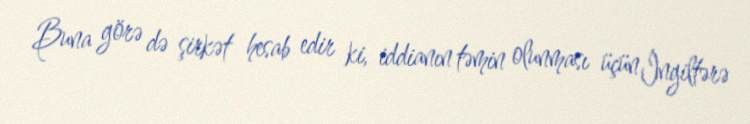
Buna görə də şirkət hesab edir ki, iddianın təmin olunması üçün İngiltərə